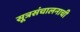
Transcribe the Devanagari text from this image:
सूत्रसंचालनाची